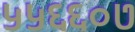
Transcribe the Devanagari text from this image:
५५६६०७